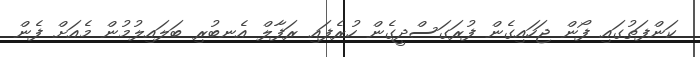
ކަންފަތުގައި ފޯން ޖަހައިގެން ފުރަގަސްދީގެން ހުރެފައި ރަފާލް އެނބުރި ބަލައިލުމުން މެއަށް ފެން